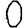
Digit: 0